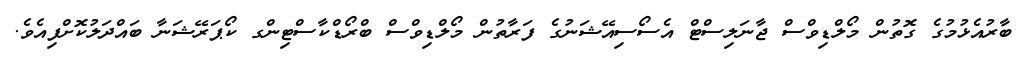
ބާރުއެޅުމުގެ ގޮތުން މޯލްޑިވްސް ޖާނަލިސްޓް އެސޯސިއޭޝަނުގެ ފަރާތުން މޯލްޑިވްސް ބްރޯޑްކާސްޓިންގ ކޯޕަރޭޝަނާ ބައްދަލުކޮށްފިއެވެ.